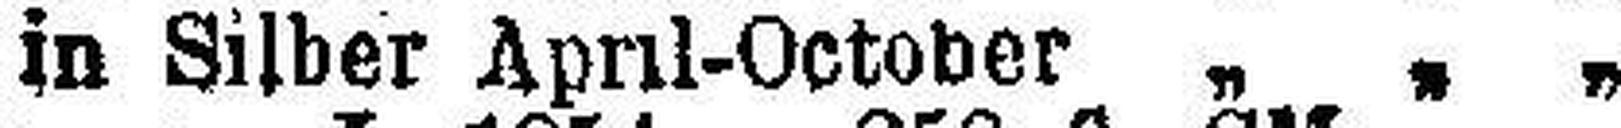
in Silber April-October „ „ „